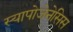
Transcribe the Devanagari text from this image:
स्यापोजेनेसिस